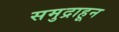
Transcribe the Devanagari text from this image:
समुद्राहून